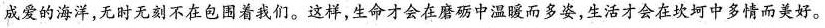
成爱的海洋，无时无刻不在包围着我们。这样，生命才会在磨砺中温暖而多姿，应活才会在坎坷中多情而美好。